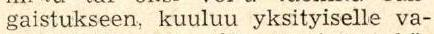
gaistukseen, kuuluu yksityiselle va-